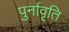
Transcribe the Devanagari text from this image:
पुर्नावृति